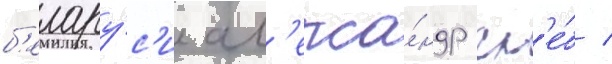
б'елару́с'и ал'екса́ндр гл'е́б /